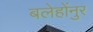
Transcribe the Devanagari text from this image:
बलेहोंनुर